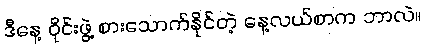
ဒီနေ့ ဝိုင်းဖွဲ့ စားသောက်နိုင်တဲ့ နေ့လယ်စာက ဘာလဲ။